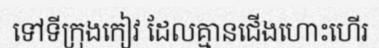
ទៅទីក្រុងកៀវ ដែលគ្មានជើងហោះហើរ